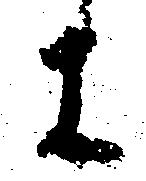
に